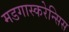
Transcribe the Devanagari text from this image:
मडगास्करेन्सिस